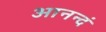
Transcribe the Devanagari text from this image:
आनन्दं